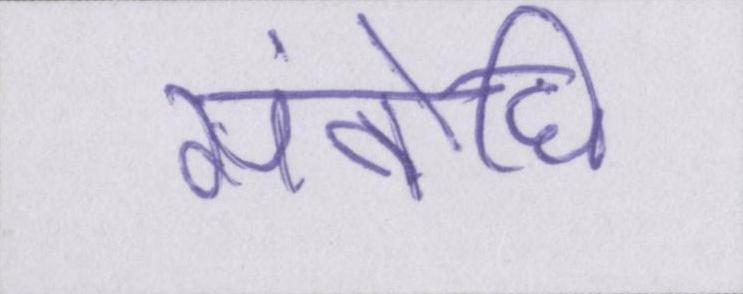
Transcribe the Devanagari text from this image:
संबोधि